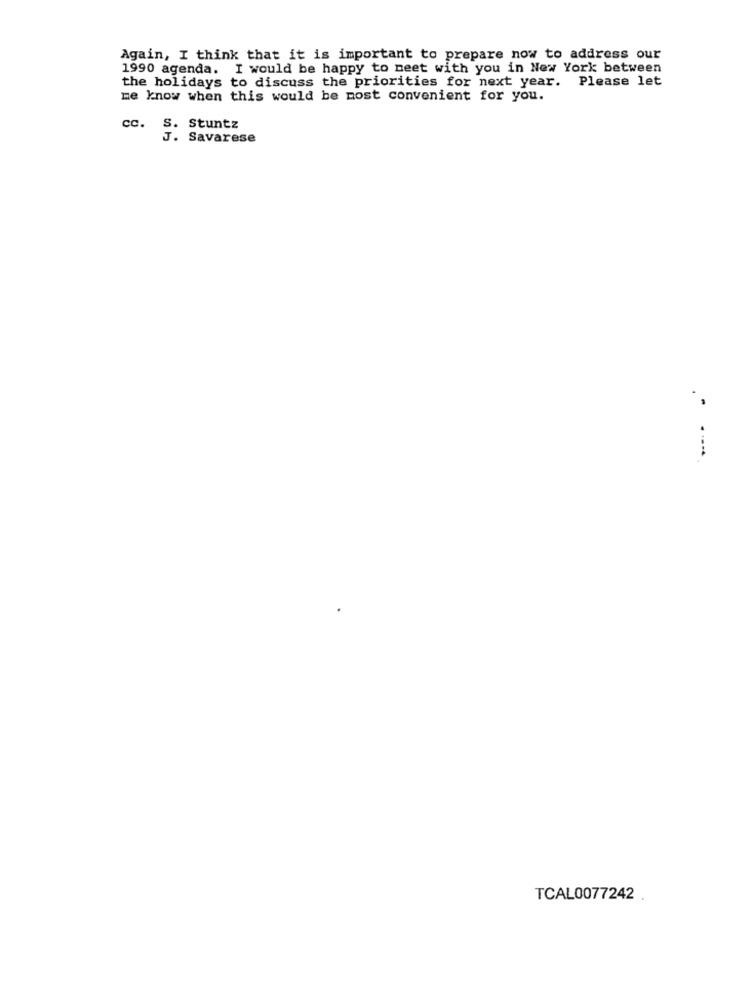
Again, I think that it is important to prepare now to address our
1990 agenda. I would be happy to meet with you in New York between
the holidays to discuss the priorities for next year. Please let
me know when this would be most convenient for you.
CC.
S. Stuntz
J. Savarese
. .
TCAL0077242